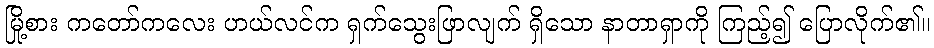
မြို့စား ကတော်ကလေး ဟယ်လင်က ရှက်သွေးဖြာလျက် ရှိသော နာတာရှာကို ကြည့်၍ ပြောလိုက်၏။